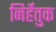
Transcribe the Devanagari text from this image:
निर्हेतुक